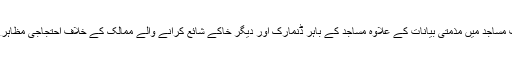
اس موقع پر مختلف مساجد میں مذمتی بیانات کے علاوہ مساجد کے باہر ڈنمارک اور دیگر خاکے شائع کرانے والے ممالک کے خلاف احتجاجی مظاہرے بھی کیے گئے۔